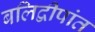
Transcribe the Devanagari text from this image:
बलिद्वीपांत